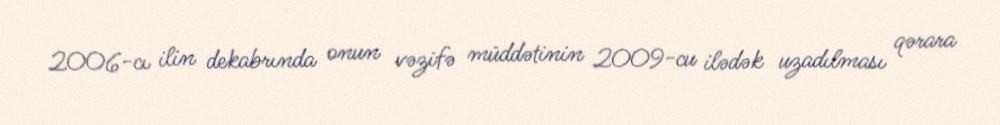
2006-cı ilin dekabrında onun vəzifə müddətinin 2009-cu ilədək uzadılması qərara